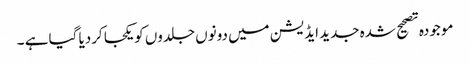
موجودہ تصحیح شدہ جدید ایڈیشن میں دونوں جلدوں کویکجا کردیا گیا ہے ۔